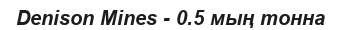
Denison Mines - 0.5 мың тонна